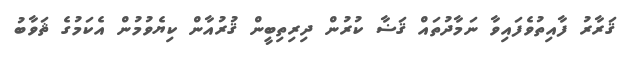
ޤަރާރު ފާއިތުވެފައިވާ ނަމާދުތައް ޤަޟާ ކުރުން ދިރިތިބީން ޤުރުއާން ކިޔެވުމުން އެކަމުގެ ޘަވާބު